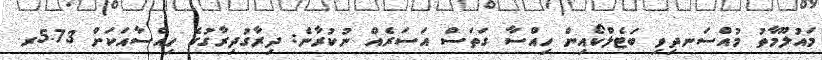
މައުލޫމާތު މުއްސަނދިވި ބަޓެލްކޯއިން ހިއްސާ ގަތަސް އަސަރެއް ނުކުރާނެ: ދިރާގުދިރާގުގެ ހިއްސާއަކަށް 5.73ރ.